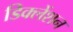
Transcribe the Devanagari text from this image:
डिक्लेंशन